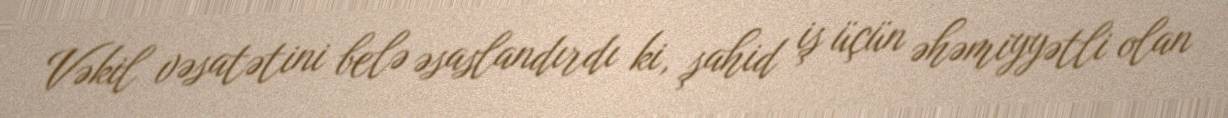
Vəkil vəsatətini belə əsaslandırdı ki, şahid iş üçün əhəmiyyətli olan